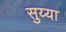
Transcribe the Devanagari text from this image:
सुय्या